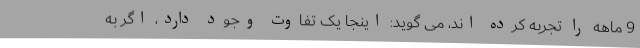
9 ماهه را تجربه کرده اند، می گوید: اینجا یک تفاوت وجود دارد، اگر به